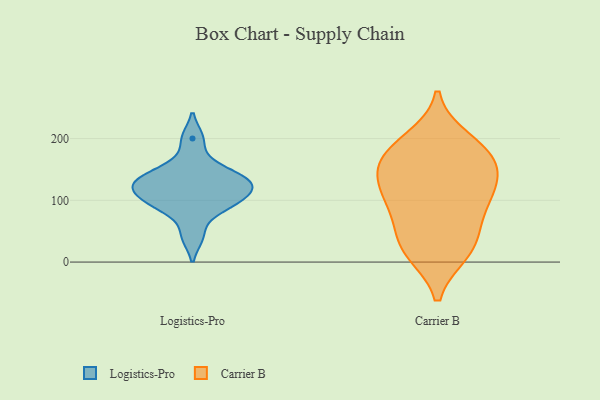
{"axis": {"x": "Active Users", "y": "Value"}, "legend": ["Carrier B", "Logistics-Pro"], "data": [{"x": "", "y": 137, "type": "Logistics-Pro"}, {"x": "", "y": 122, "type": "Logistics-Pro"}, {"x": "", "y": 92, "type": "Logistics-Pro"}, {"x": "", "y": 156, "type": "Logistics-Pro"}, {"x": "", "y": 118, "type": "Logistics-Pro"}, {"x": "", "y": 125, "type": "Logistics-Pro"}, {"x": "", "y": 135, "type": "Logistics-Pro"}, {"x": "", "y": 42, "type": "Logistics-Pro"}, {"x": "", "y": 89, "type": "Logistics-Pro"}, {"x": "", "y": 101, "type": "Logistics-Pro"}, {"x": "", "y": 200, "type": "Logistics-Pro"}, {"x": "", "y": 90, "type": "Carrier B"}, {"x": "", "y": 157, "type": "Carrier B"}, {"x": "", "y": 169, "type": "Carrier B"}, {"x": "", "y": 168, "type": "Carrier B"}, {"x": "", "y": 107, "type": "Carrier B"}, {"x": "", "y": 31, "type": "Carrier B"}, {"x": "", "y": 132, "type": "Carrier B"}, {"x": "", "y": 198, "type": "Carrier B"}, {"x": "", "y": 184, "type": "Carrier B"}, {"x": "", "y": 17, "type": "Carrier B"}, {"x": "", "y": 16, "type": "Carrier B"}, {"x": "", "y": 129, "type": "Carrier B"}, {"x": "", "y": 52, "type": "Carrier B"}, {"x": "", "y": 98, "type": "Carrier B"}]}